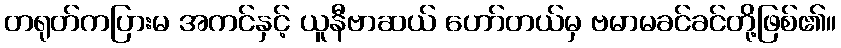
တရုတ်ကပြားမ အကင်နှင့် ယူနီဗာဆယ် ဟော်တယ်မှ ဗမာမခင်ခင်တို့ဖြစ်၏။